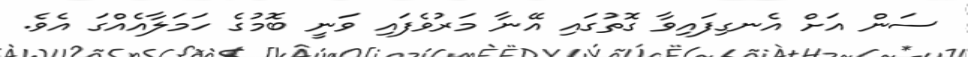
ސަން އަށް އެނގިފައިވާ ގޮތުގައި އޭނާ މަރުވެފައި ވަނީ ބޮމުގެ ހަމަލާއެއްގަ އެވެ.